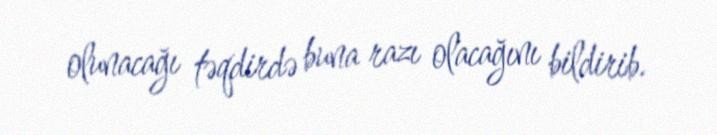
olunacağı təqdirdə buna razı olacağını bildirib.